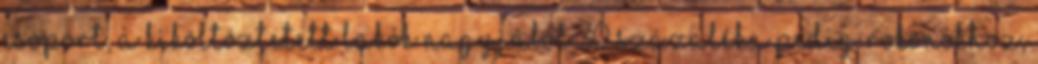
csoport, a kiköltöztetett lakók nagyjából 30 százaléka pedig rokonokhoz,